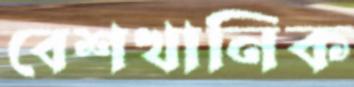
বেশখানিক